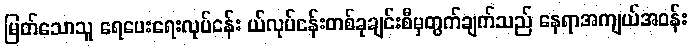
မြတ်သောသူ ရေပေးရေးလုပ်ငန်း ယ်လုပ်ငန်းတစ်ခုချင်းစီမှတွက်ချက်သည် နေရာအကျယ်အဝန်း